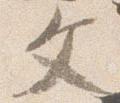
文